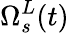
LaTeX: \Omega_{s}^{L}(t)